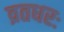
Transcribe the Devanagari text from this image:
व्रतधरः